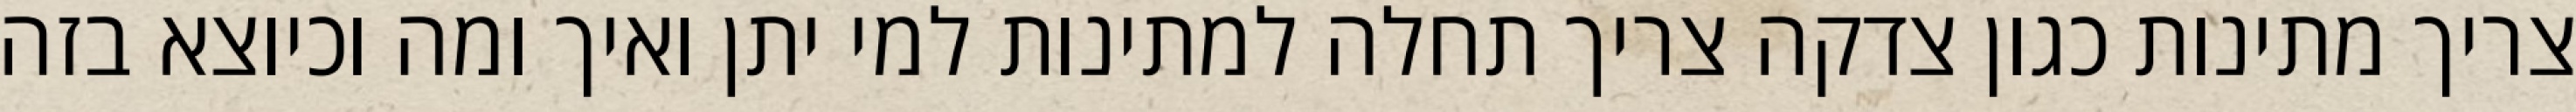
צריך מתינות כגון צדקה צריך תחלה למתינות למי יתן ואיך ומה וכיוצא בזה